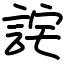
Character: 詫